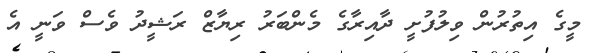
މީގެ އިތުރުން ވިލުފުށީ ދާއިރާގެ މެންބަރު ރިޔާޒް ރަޝީދު ވެސް ވަނީ އެ